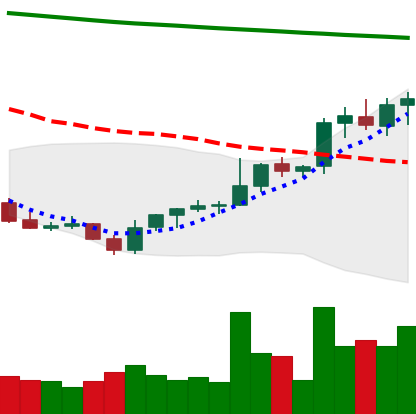
Ticker: LINK-USD
Chart end date: 2021-08-03
Forward return: -3.478%
Label: down_3_5